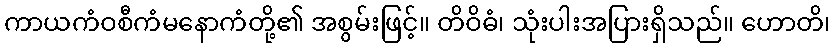
ကာယကံဝစီကံမနောကံတို့၏ အစွမ်းဖြင့်။ တိဝိဓံ၊ သုံးပါးအပြားရှိသည်။ ဟောတိ၊